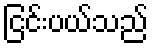
ငြင်းပယ်သည်